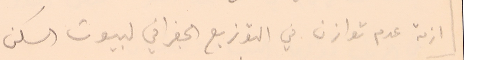
ازمة عدم توازن في التوزيع الجغرافي لبيوت السكن